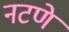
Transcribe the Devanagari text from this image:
नटणे